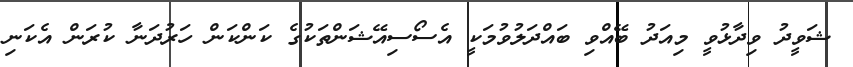
ޝަވީދު ވިދާޅުވީ މިއަދު ބޭއްވި ބައްދަލުވުމަކީ އެސޯސިއޭޝަންތަކުގެ ކަންކަން ހަރުދަނާ ކުރަން އެކަނި